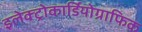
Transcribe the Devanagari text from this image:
इलेक्ट्रोकार्डियोग्राफिक